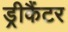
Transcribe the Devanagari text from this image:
ड्रीकैंटर